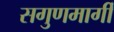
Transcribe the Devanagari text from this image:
सगुणमार्गी